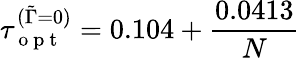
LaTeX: \tau_{\mathrm{~o~p~t~}}^{(\tilde{\Gamma}=0)}=0.104+\frac{0.0413}{N}